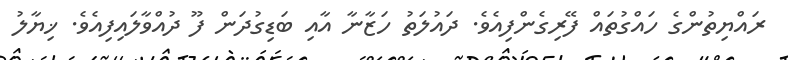
ރައްޔިތުންގެ ހައްގުތައް ފޭރިގެންފިއެވެ. ދައުލަތު ހަޒާނާ އާއި ބަޑިގުދަން ފޫ ދުއްވާލައިފިއެވެ. ޚިޔާލު